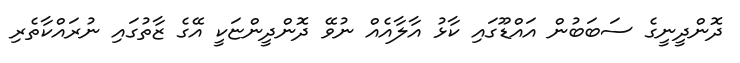
ދޮންދީނީގެ ސަބަބުން އައްޑޫގައި ކާޅު އާލާއެއް ނުވޭ ދޮންދީންޏަކީ އޭގެ ޒާތުގައި ނުރައްކާތެރި